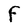
Character: F